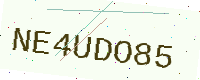
Text: NE4UDO85